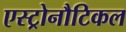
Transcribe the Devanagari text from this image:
एस्ट्रोनौटिकल